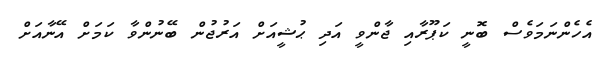
އެހެންނަމަވެސް ބޮނީ ކަޕޫރާއި ޖާންވީ އަދި ޙުޝީއަށް އަރުޖުން ބޭނުންވާ ކަމަށް އޭނާއަށް